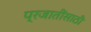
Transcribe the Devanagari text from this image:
प्रजातींसाठी